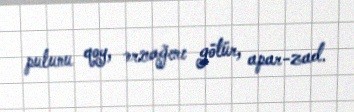
pulunu qoy, ərzağını götür, apar-zad.